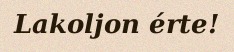
Lakoljon érte!